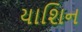
યાશિન